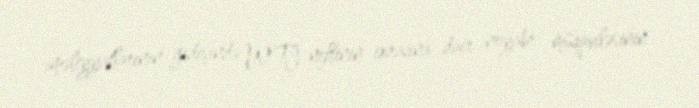
əməliyyatlarının gedişində WTI neftinin ixracına dair noyabr müqaviləsinin